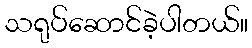
သရုပ်ဆောင်ခဲ့ပါတယ်။